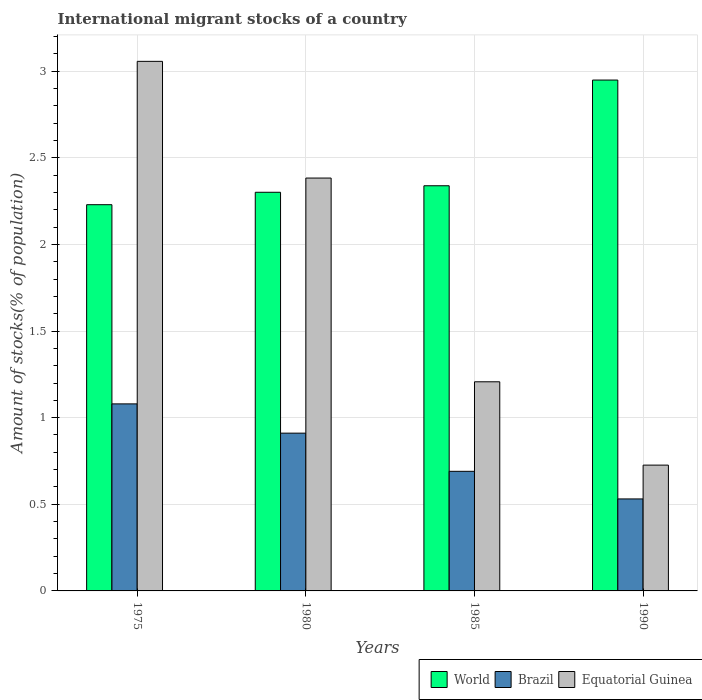
| Years | World | Brazil | Equatorial Guinea |
 | --- | --- | --- | --- |
 | 1975 | 2.23 | 1.08 | 3.06 |
 | 1980 | 2.3 | 0.911 | 2.38 |
 | 1985 | 2.34 | 0.69 | 1.21 |
 | 1990 | 2.95 | 0.531 | 0.726 |